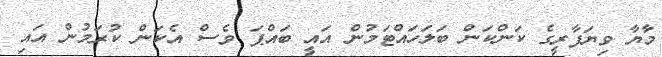
މާޔާ ވިޔަފާރީގެ ކަންކަން ބަލަހައްޓަމުން އައީ ބައްޕަ ވެސް އެކަން ކުރަމުން އައި